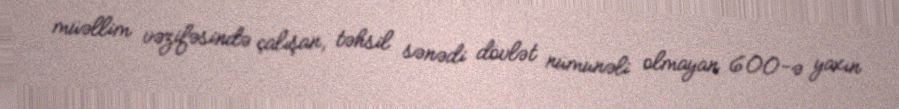
müəllim vəzifəsində çalışan, təhsil sənədi dövlət nümunəli olmayan 600-ə yaxın